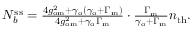
\begin{array} { r } { N _ { b } ^ { \mathrm { s s } } = \frac { 4 g _ { \mathrm { o m } } ^ { 2 } + \gamma _ { \mathrm { o } } ( \gamma _ { \mathrm { o } } + \Gamma _ { \mathrm { m } } ) } { 4 g _ { \mathrm { o m } } ^ { 2 } + \gamma _ { \mathrm { o } } \Gamma _ { \mathrm { m } } } \cdot \frac { \Gamma _ { \mathrm { m } } } { \gamma _ { \mathrm { o } } + \Gamma _ { \mathrm { m } } } n _ { \mathrm { t h } } . } \end{array}